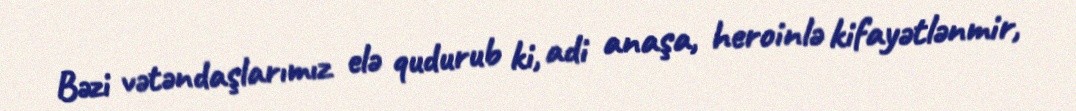
Bəzi vətəndaşlarımız elə qudurub ki, adi anaşa, heroinlə kifayətlənmir,